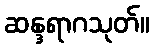
ဆန္ဒရာဂသုတ်။